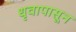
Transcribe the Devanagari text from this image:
धृवापासून